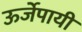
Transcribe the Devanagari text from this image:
ऊर्जेपायी